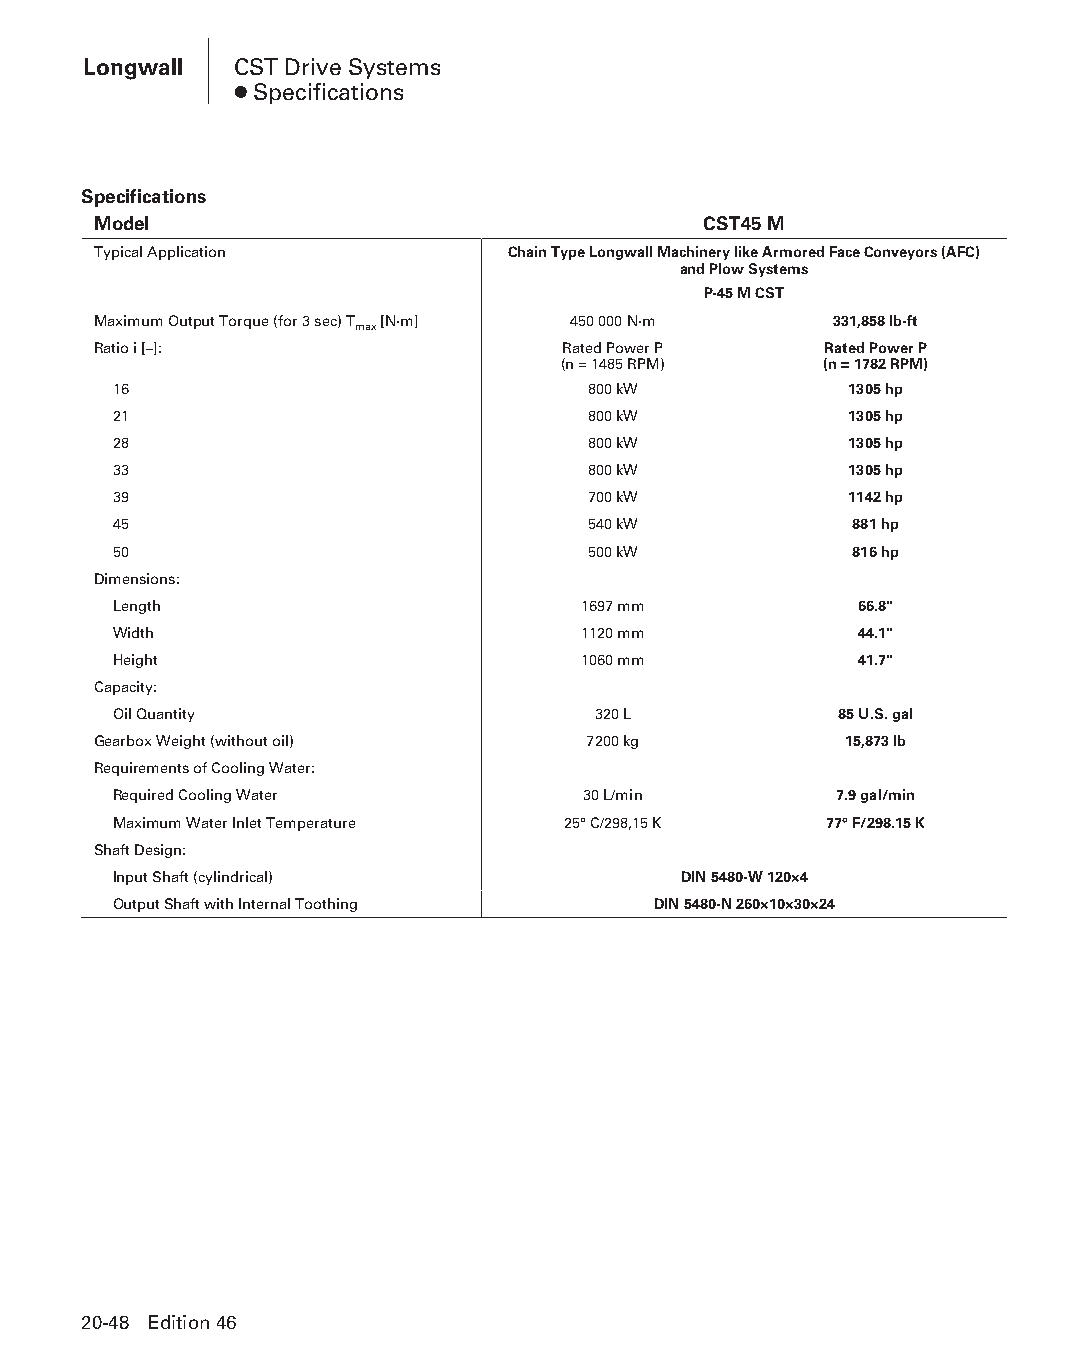
Longwall  CST Drive Systems
 ● Specifications
 Specifications
 Model                                   CST45 M
 Typical Application        Chain Type Longwall Machinery like Armored Face Conveyors (AFC)
 and Plow Systems
 P-45 M CST
 Maximum Output Torque (for 3 sec) T [N·m] 450 000 N·m 331,858 lb-ft
 max
 Ratio i [–]:                   Rated Power P    Rated Power P
 (n = 1485 RPM)    (n = 1782 RPM)
 16                             800 kW            1305 hp
 21                             800 kW            1305 hp
 28                             800 kW            1305 hp
 33                             800 kW            1305 hp
 39                             700 kW            1142 hp
 45                             540 kW            881 hp
 50                             500 kW            816 hp
 Dimensions:
 Length                         1697 mm           66.8"
 Width                          1120 mm           44.1"
 Height                         1060 mm           41.7"
 Capacity:
 Oil Quantity                    320 L           85 U.S. gal
 Gearbox Weight (without oil)    7200 kg          15,873 lb
 Requirements of Cooling Water:
 Required Cooling Water         30 L/min         7.9 gal/min
 Maximum Water Inlet Temperature 25° C/298,15 K 77° F/298.15 K
 Shaft Design:
 Input Shaft (cylindrical)            DIN 5480-W 120×4
 Output Shaft with Internal Toothing DIN 5480-N 260×10×30×24
 20-48 Edition 46
 PPHHBB--SSeecc2200--LLoonnggwwaallll((ppgg002255--112200))..iinndddd 4488 1122//44//1155 1111::0022 AAMM